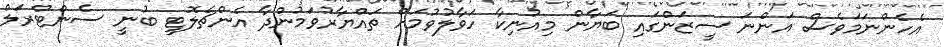
އެހެންނަމަވެސް އަންނަ ސީޒަންގައި ބަޔާން މިއުނިކާ ހަވާލުވުމަށް ތައްޔާރުވަމުންދާ އެންޗެލޮޓީ ބުނީ ސެންޓްރަލް